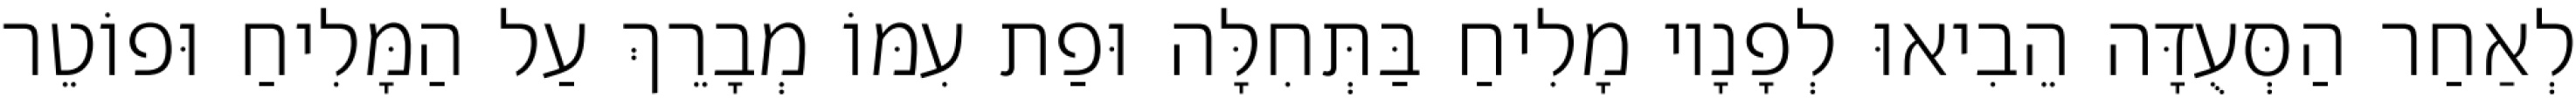
לְאַחַר הַסְּעֻדָּה הֵבִיאוּ לְפָנָיו מָלִיחַ בַּתְּחִלָּה וּפַת עִמּוֹ מְבָרֵךְ עַל הַמָּלִיחַ וּפוֹטֵר